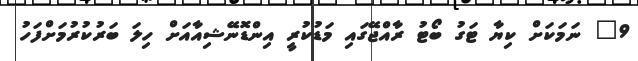
9" ނަމަކަށް ކިޔާ ޓަގު ބޯޓު ރާއްޖޭގައި މަޑުކުރީ އިންޑޮނޭޝިއާއަށް ހިލަ ބަރުކުރުމަށްފަހު